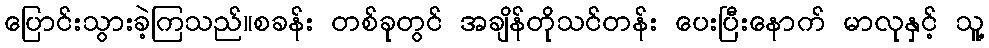
ပြောင်းသွားခဲ့ကြသည်။စခန်း တစ်ခုတွင် အချိန်တိုသင်တန်း ပေးပြီးနောက် မာလုနှင့် သူ့